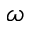
\omega